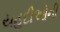
યહૂદીઓની